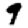
Digit: 9